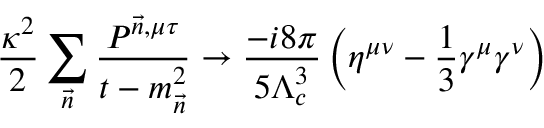
{ \frac { \kappa ^ { 2 } } { 2 } } \sum _ { \vec { n } } { \frac { P ^ { \vec { n } , \mu \tau } } { t - m _ { \vec { n } } ^ { 2 } } } \to { \frac { - i 8 \pi } { 5 \Lambda _ { c } ^ { 3 } } } \left( \eta ^ { \mu \nu } - { \frac { 1 } { 3 } } \gamma ^ { \mu } \gamma ^ { \nu } \right) \,